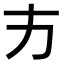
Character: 𭤧